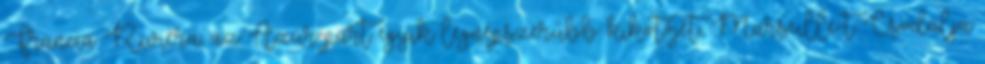
Francia Riviéra, az Azúr-part egyik legnépszerűbb kikötőjét, Marseille-t Csodálja